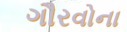
ગૌરવોના